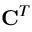
\mathbf { C } ^ { T }